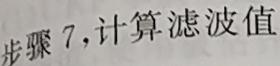
步骤 7,计算滤波值